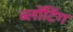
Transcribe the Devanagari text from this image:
ब्लॉटिंग